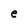
Character: e